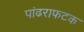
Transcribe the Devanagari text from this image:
पांढराफटक